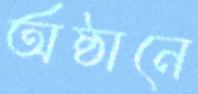
অষ্ঠানে